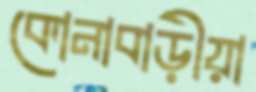
কোনাবাড়ীয়া